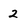
Character: 2